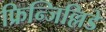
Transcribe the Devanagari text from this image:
फ्रिन्जिल्लिडे